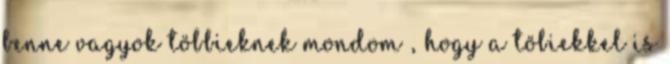
benne vagyok többieknek mondom , hogy a töbiekkel is